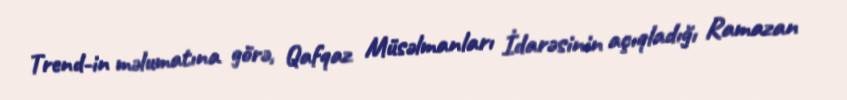
Trend-in məlumatına görə, Qafqaz Müsəlmanları İdarəsinin açıqladığı Ramazan